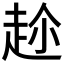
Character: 𮚶